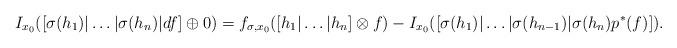
LaTeX: \begin{align*}I_{x_0}([\sigma(h_1)|\ldots|\sigma(h_n)|df]\oplus 0)=f_{\sigma,x_0}([h_1|\ldots|h_n]\otimes f)-I_{x_0}([\sigma(h_1)|\ldots|\sigma(h_{n-1})|\sigma(h_n)p^*(f)]). \end{align*}